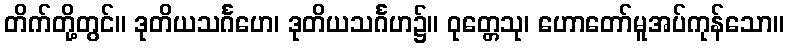
တိက်တို့တွင်။ ဒုတိယသင်္ဂဟေ၊ ဒုတိယသင်္ဂဟ၌။ ဝုတ္တေသု၊ ဟောတော်မူအပ်ကုန်သော။